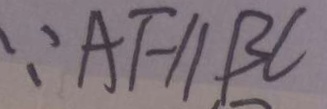
\because A F / / B C